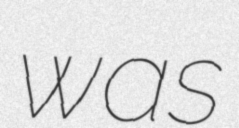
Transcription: was